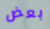
بعض